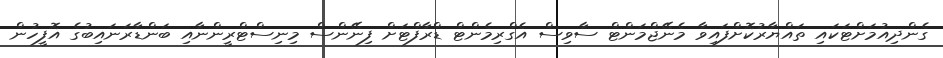
ގެންދިއުމަށްޓަކައި ތައްޔާރުކޮށްފައިވާ މެނޭޖްމަންޓް ސާވިސް އެގްރިމެންޓް ޑްރާފްޓަށް ފިނޭންސް މިނިސްޓްރީންނާއި ބަންޑާރަނައިބުގެ އޮފީހުން